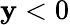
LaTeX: \mathbf{y}<0